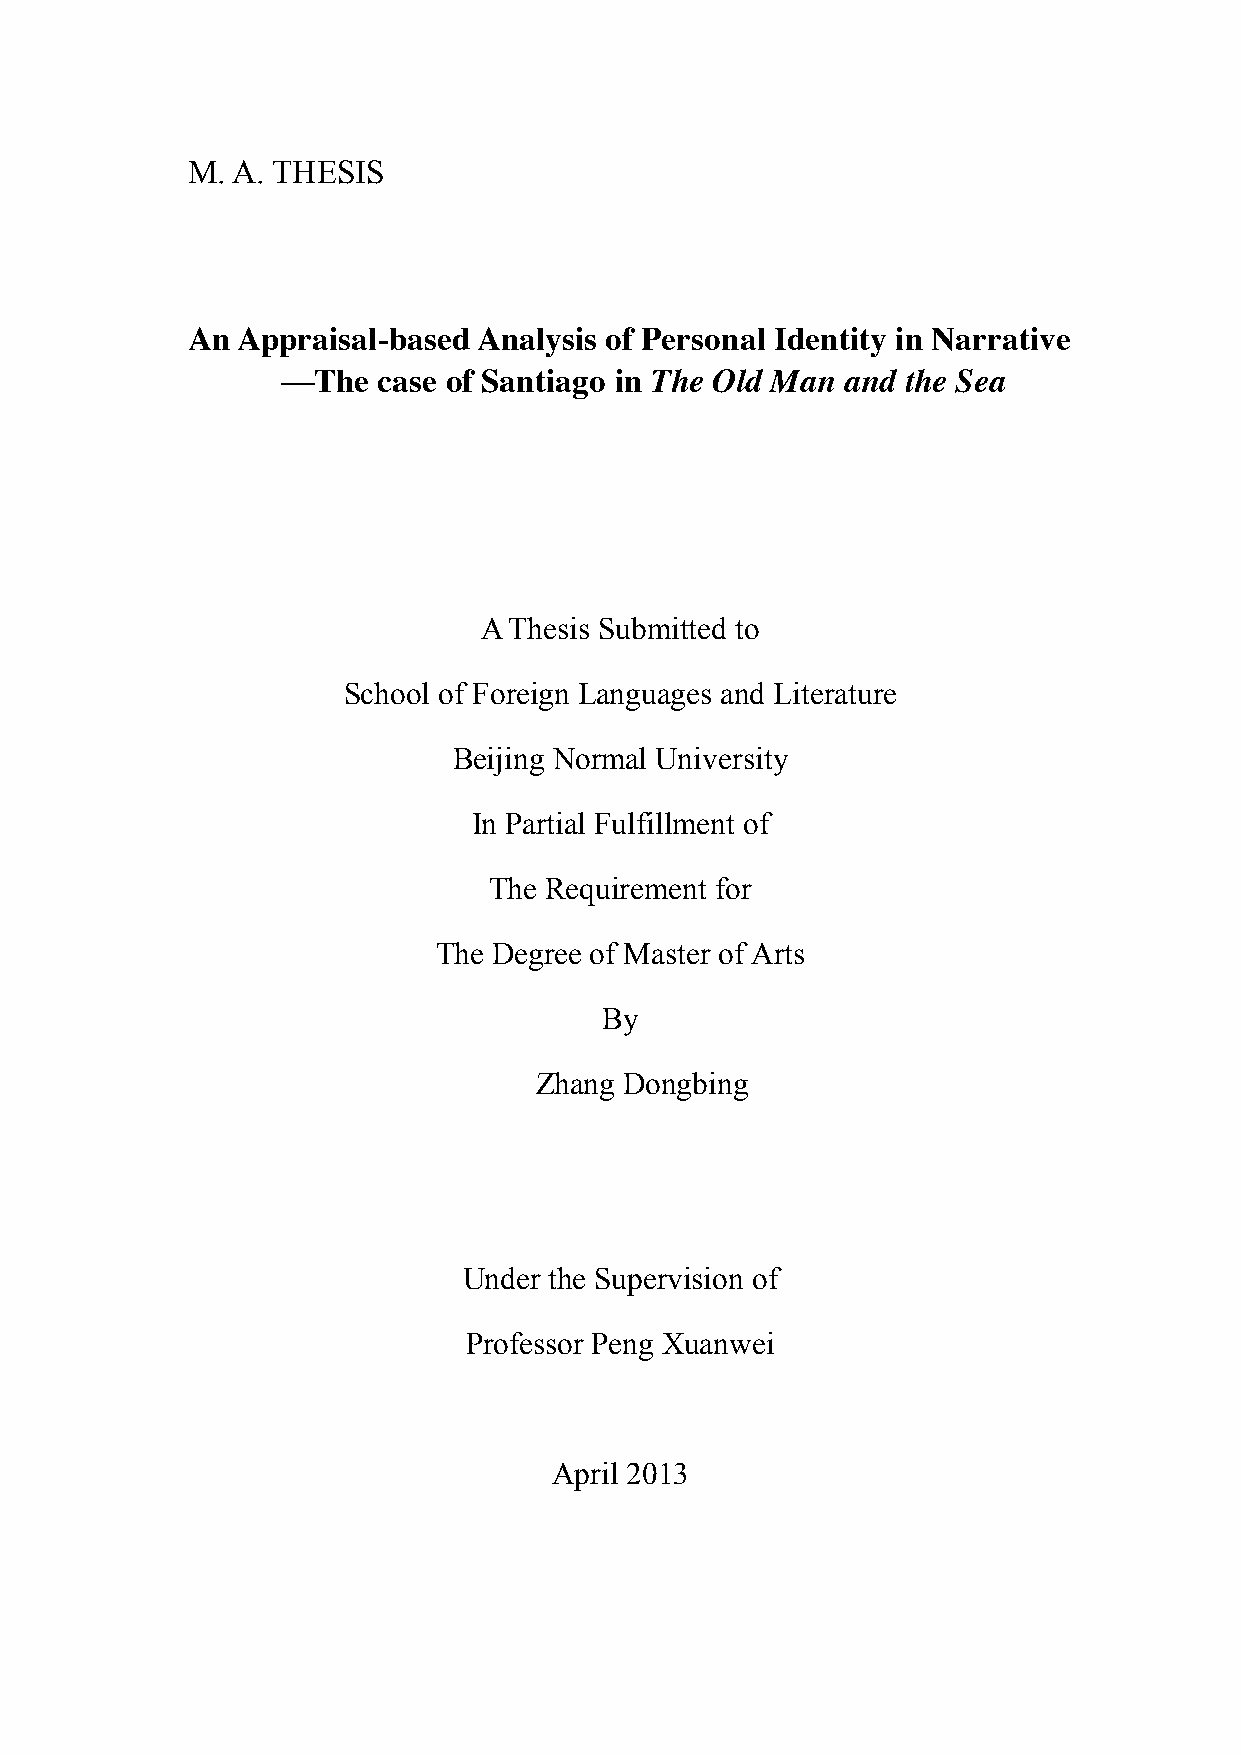
M. A. THESIS
 An  Appraisal-based Analysis of Personal Identity in Narrative
 —The  case of Santiago in The Old Man and the Sea
 A Thesis Submitted to
 School of Foreign Languages and Literature
 Beijing Normal University
 In Partial Fulfillment of
 The Requirement for
 The Degree of Master of Arts
 By
 Zhang Dongbing
 Under the Supervision of
 Professor Peng Xuanwei
 April 2013